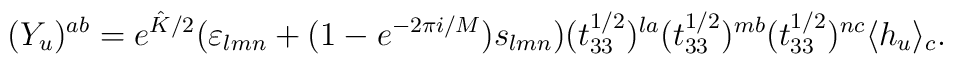
(Y_{u})^{ab}=e^{\hat{K}/2}(\varepsilon_{lmn}+(1-e^{-2\pi i/M})s_{lmn})(t_{33}^{1/2})^{la}(t_{33}^{1/2})^{mb}(t_{33}^{1/2})^{nc}\langle h_{u}\rangle_{c}.